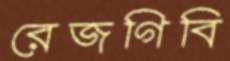
রেজগিবি